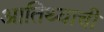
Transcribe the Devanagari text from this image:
आतिथ्याची